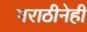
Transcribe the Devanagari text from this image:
मराठीनेही